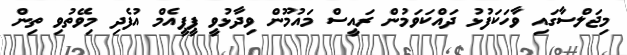
މިޖަލްސާގައި ވާހަކަފުޅު ދައްކަވަމުން ރައީސް މައުމޫން ވިދާޅުވީ ޕީޕީއެމް އުފެދި މިވޭތުވި ތިން